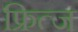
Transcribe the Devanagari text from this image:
फ्रित्ज